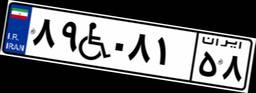
۸۹W۰۸۱۵۸